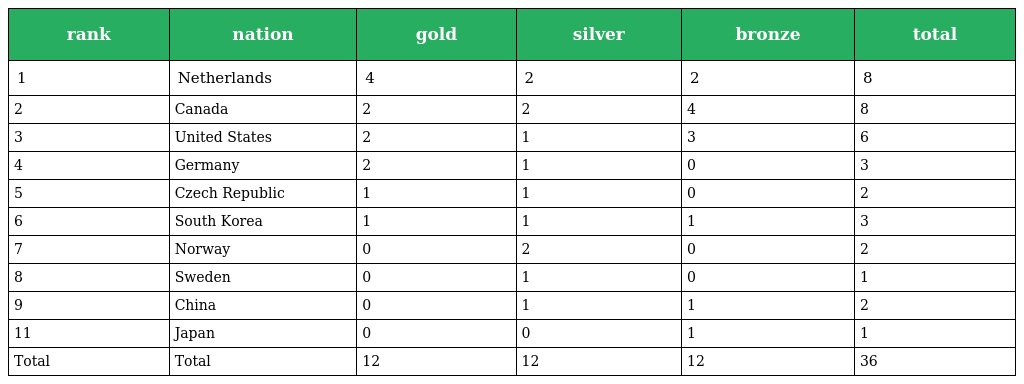
| rank | nation | gold | silver | bronze | total |
 | --- | --- | --- | --- | --- | --- |
 | 1 | Netherlands | 4 | 2 | 2 | 8 |
 | 2 | Canada | 2 | 2 | 4 | 8 |
 | 3 | United States | 2 | 1 | 3 | 6 |
 | 4 | Germany | 2 | 1 | 0 | 3 |
 | 5 | Czech Republic | 1 | 1 | 0 | 2 |
 | 6 | South Korea | 1 | 1 | 1 | 3 |
 | 7 | Norway | 0 | 2 | 0 | 2 |
 | 8 | Sweden | 0 | 1 | 0 | 1 |
 | 9 | China | 0 | 1 | 1 | 2 |
 | 11 | Japan | 0 | 0 | 1 | 1 |
 | Total | Total | 12 | 12 | 12 | 36 |